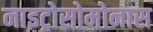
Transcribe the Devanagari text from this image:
नाइट्रोसोमोनास